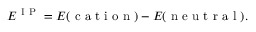
E ^ { \mathrm { ~ I ~ P ~ } } = E ( \mathrm { ~ c ~ a ~ t ~ i ~ o ~ n ~ } ) - E ( \mathrm { ~ n ~ e ~ u ~ t ~ r ~ a ~ l ~ } ) .